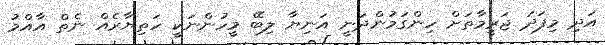
އަދި މިފަދަ ޖަރީމާތަށް ހިންގަމުންދަނީ އަނިޔާ ލިބޭ މީހުންނަކީ ހަތިޔާރެއް ނެތް އާއްމު